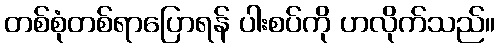
တစ်စုံတစ်ရာပြောရန် ပါးစပ်ကို ဟလိုက်သည်။